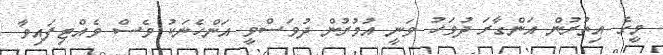
މީގެ އިތުރުން އަންގާރަ ދުވަހު ވަނީ އުމުރުން ދުވަސްވީ އަންހެނަކު ވެސް ވެއްޓިފައިވާ